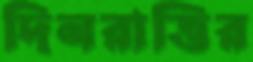
দিনরাত্তির